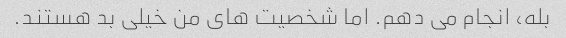
بله، انجام می دهم. اما شخصیت های من خیلی بد هستند.